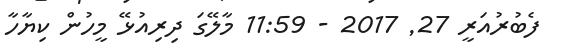
ފެބުރުއަރީ 27